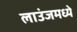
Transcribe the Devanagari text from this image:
लाउंजमध्ये